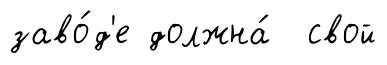
заво́д'е должна́ свой